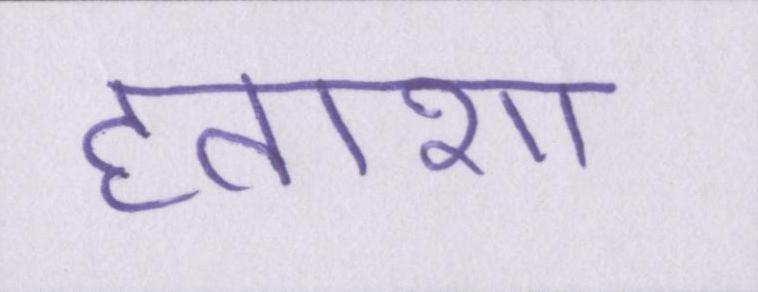
हताशा